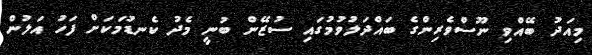
މިއަދު ބޭއްވި ނޫސްވެރިންގެ ބައްދަލުވުމުގައި ސުޒޭން ބުނީ މެދު ކެނޑުމަކަށް ފަހު އަލުން